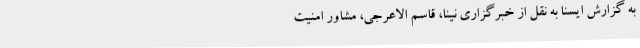
به گزارش ایسنا به نقل از خبرگزاری نینا، قاسم الاعرجی، مشاور امنیت